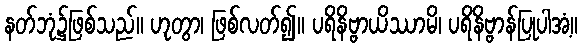
နတ်ဘုံ၌ဖြစ်သည်။ ဟုတွာ၊ ဖြစ်လတ်၍။ ပရိနိဗ္ဗာယိဿာမိ၊ ပရိနိဗ္ဗာန်ပြုပါအံ့။